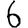
Digit: 6